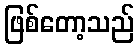
ဖြစ်တော့သည်